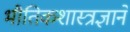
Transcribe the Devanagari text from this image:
भौतिकशास्त्रज्ञाने